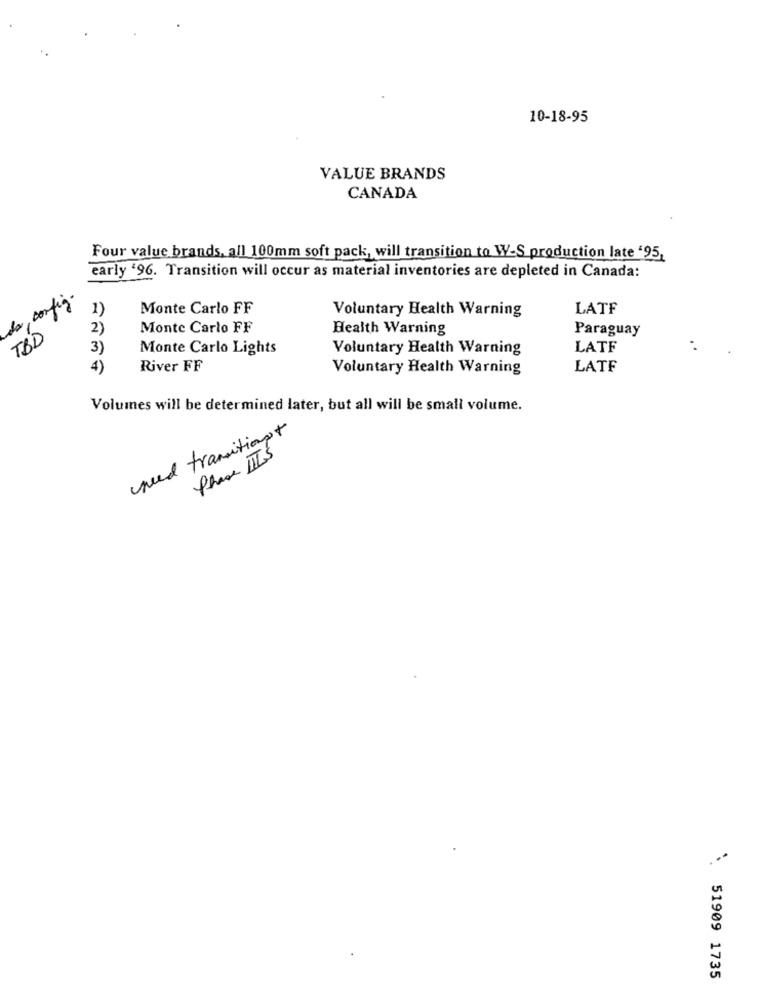
10-18-95
VALUE BRANDS
CANADA
Four value brands, all 100mm soft pack, will transition to W-S production late '95,
early '96. Transition will occur as material inventories are depleted in Canada:
de config.
1)
Monte Carlo FF
Voluntary Health Warning
LATF
2)
Monte Carlo FF
Health Warning
Paraguay
TBD
3)
Monte Carlo Lights
Voluntary Health Warning
LATF
4)
River FF
Voluntary Health Warning
LATF
Volumes will be determined later, but all will be small volume.
seed transitiont
Phase IIIS
51909 1735